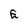
Character: E